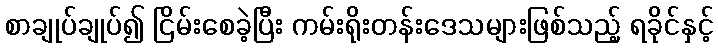
စာချုပ်ချုပ်၍ ငြိမ်းစေခဲ့ပြီး ကမ်းရိုးတန်းဒေသများဖြစ်သည့် ရခိုင်နှင့်